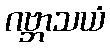
ဂဗ္ဘာသယံ